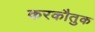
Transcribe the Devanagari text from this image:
करकौतुक